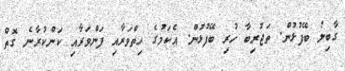
ގާބިލު ބޭފުޅުން. ތަޖުރިބާ ހުރި ބޭފުޅުން. އެކަމުގެ ހިތްވަރާއި ފަންވަރާއި ކަންކުރާނެ ގޮތް